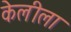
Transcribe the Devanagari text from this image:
केलीला